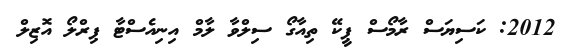
2012: ކަސިޔަސް ރާމޯސް ޕީކޭ ތިއާގޯ ސިލްވާ ލާމް އިނިއެސްޓާ ޕިރްލޯ އޮޒިލް